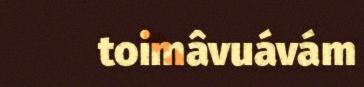
toimâvuávám